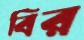
বির